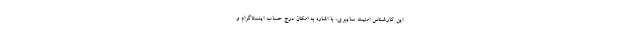
این کارشناس امنیت سایبری، با اشاره به امکان درج حساب اینستاگرام و